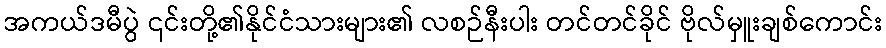
အကယ်ဒမီပွဲ ၎င်းတို့၏နိုင်ငံသားများ၏ လစဉ်နီးပါး တင်တင်ခိုင် ဗိုလ်မှူးချစ်ကောင်း